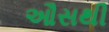
ઔસથી